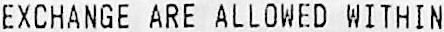
EXCHANGE ARE ALLOWED WITHIN